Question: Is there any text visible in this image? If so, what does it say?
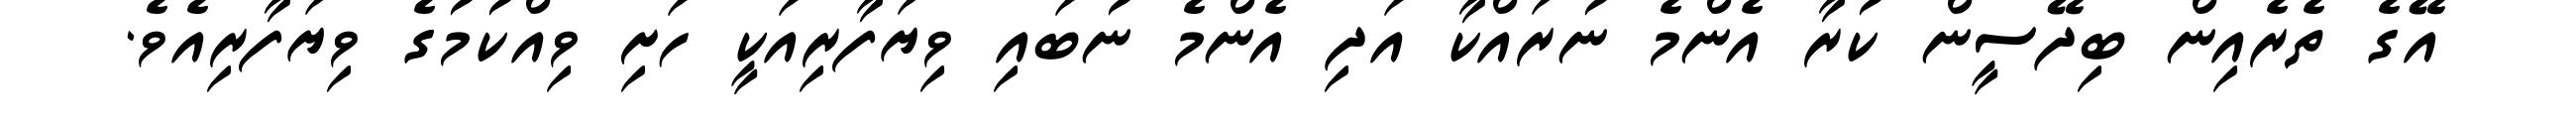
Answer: އޭގެ ތެރެއިން ބިދޭސީން ކުރާ އެންމެ ނުރައްކާ އަދި އެންމެ ނުބައި ވިޔަފާރިއަކީ ހަށި ވިއްކުމުގެ ވިޔަފާރިއެވެ.